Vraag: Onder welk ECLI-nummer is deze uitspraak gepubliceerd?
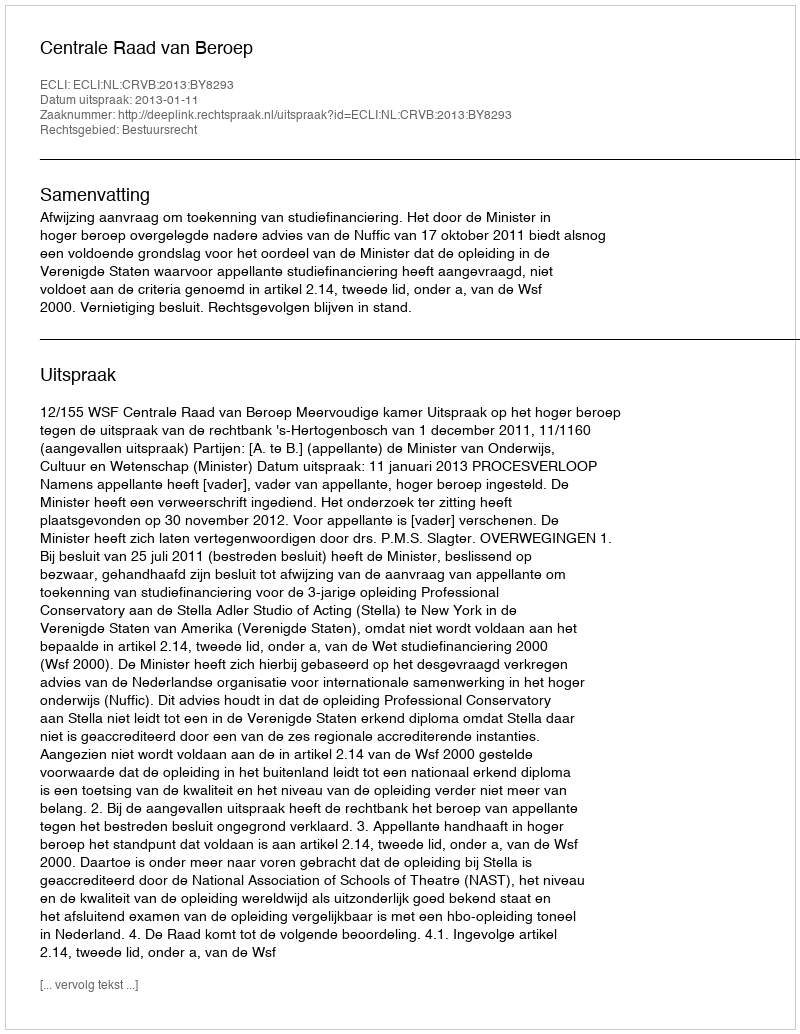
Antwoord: ECLI:NL:CRVB:2013:BY8293